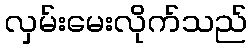
လှမ်းမေးလိုက်သည်